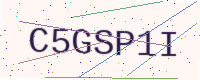
Text: C5GSP1I